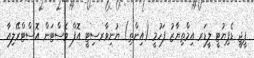
ޕީޖީ ޑެޕިޔުޓީ ލީޑަރ އިމްތިޔާޒު ފަހުމީ (އިންތި) ޔުނިވާރސިޓީ އޮފް ވެސްޓަން އޮސްޓްރޭލިއާ